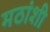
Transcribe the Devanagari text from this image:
मठांशी